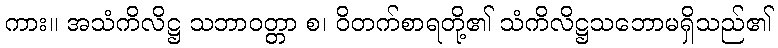
ကား။ အသံကိလိဋ္ဌ သဘာဝတ္တာ စ၊ ဝိတက်စာရတို့၏ သံကိလိဋ္ဌသဘောမရှိသည်၏